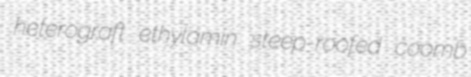
heterograft ethylamin steep-roofed coomb